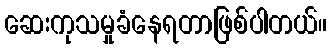
ဆေးကုသမှုခံနေရတာဖြစ်ပါတယ်။